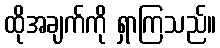
ထိုအချက်ကို ရှာကြသည်။